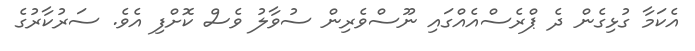
އެކަމާ ގުޅިގެން ދެ ޕްރެސްއެއްގައި ނޫސްވެރިން ސުވާލު ވެސް ކޮށްފި އެވެ. ސަރުކާރުގެ